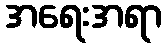
အရေးအရာ